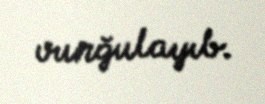
vurğulayıb.